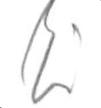
Ei